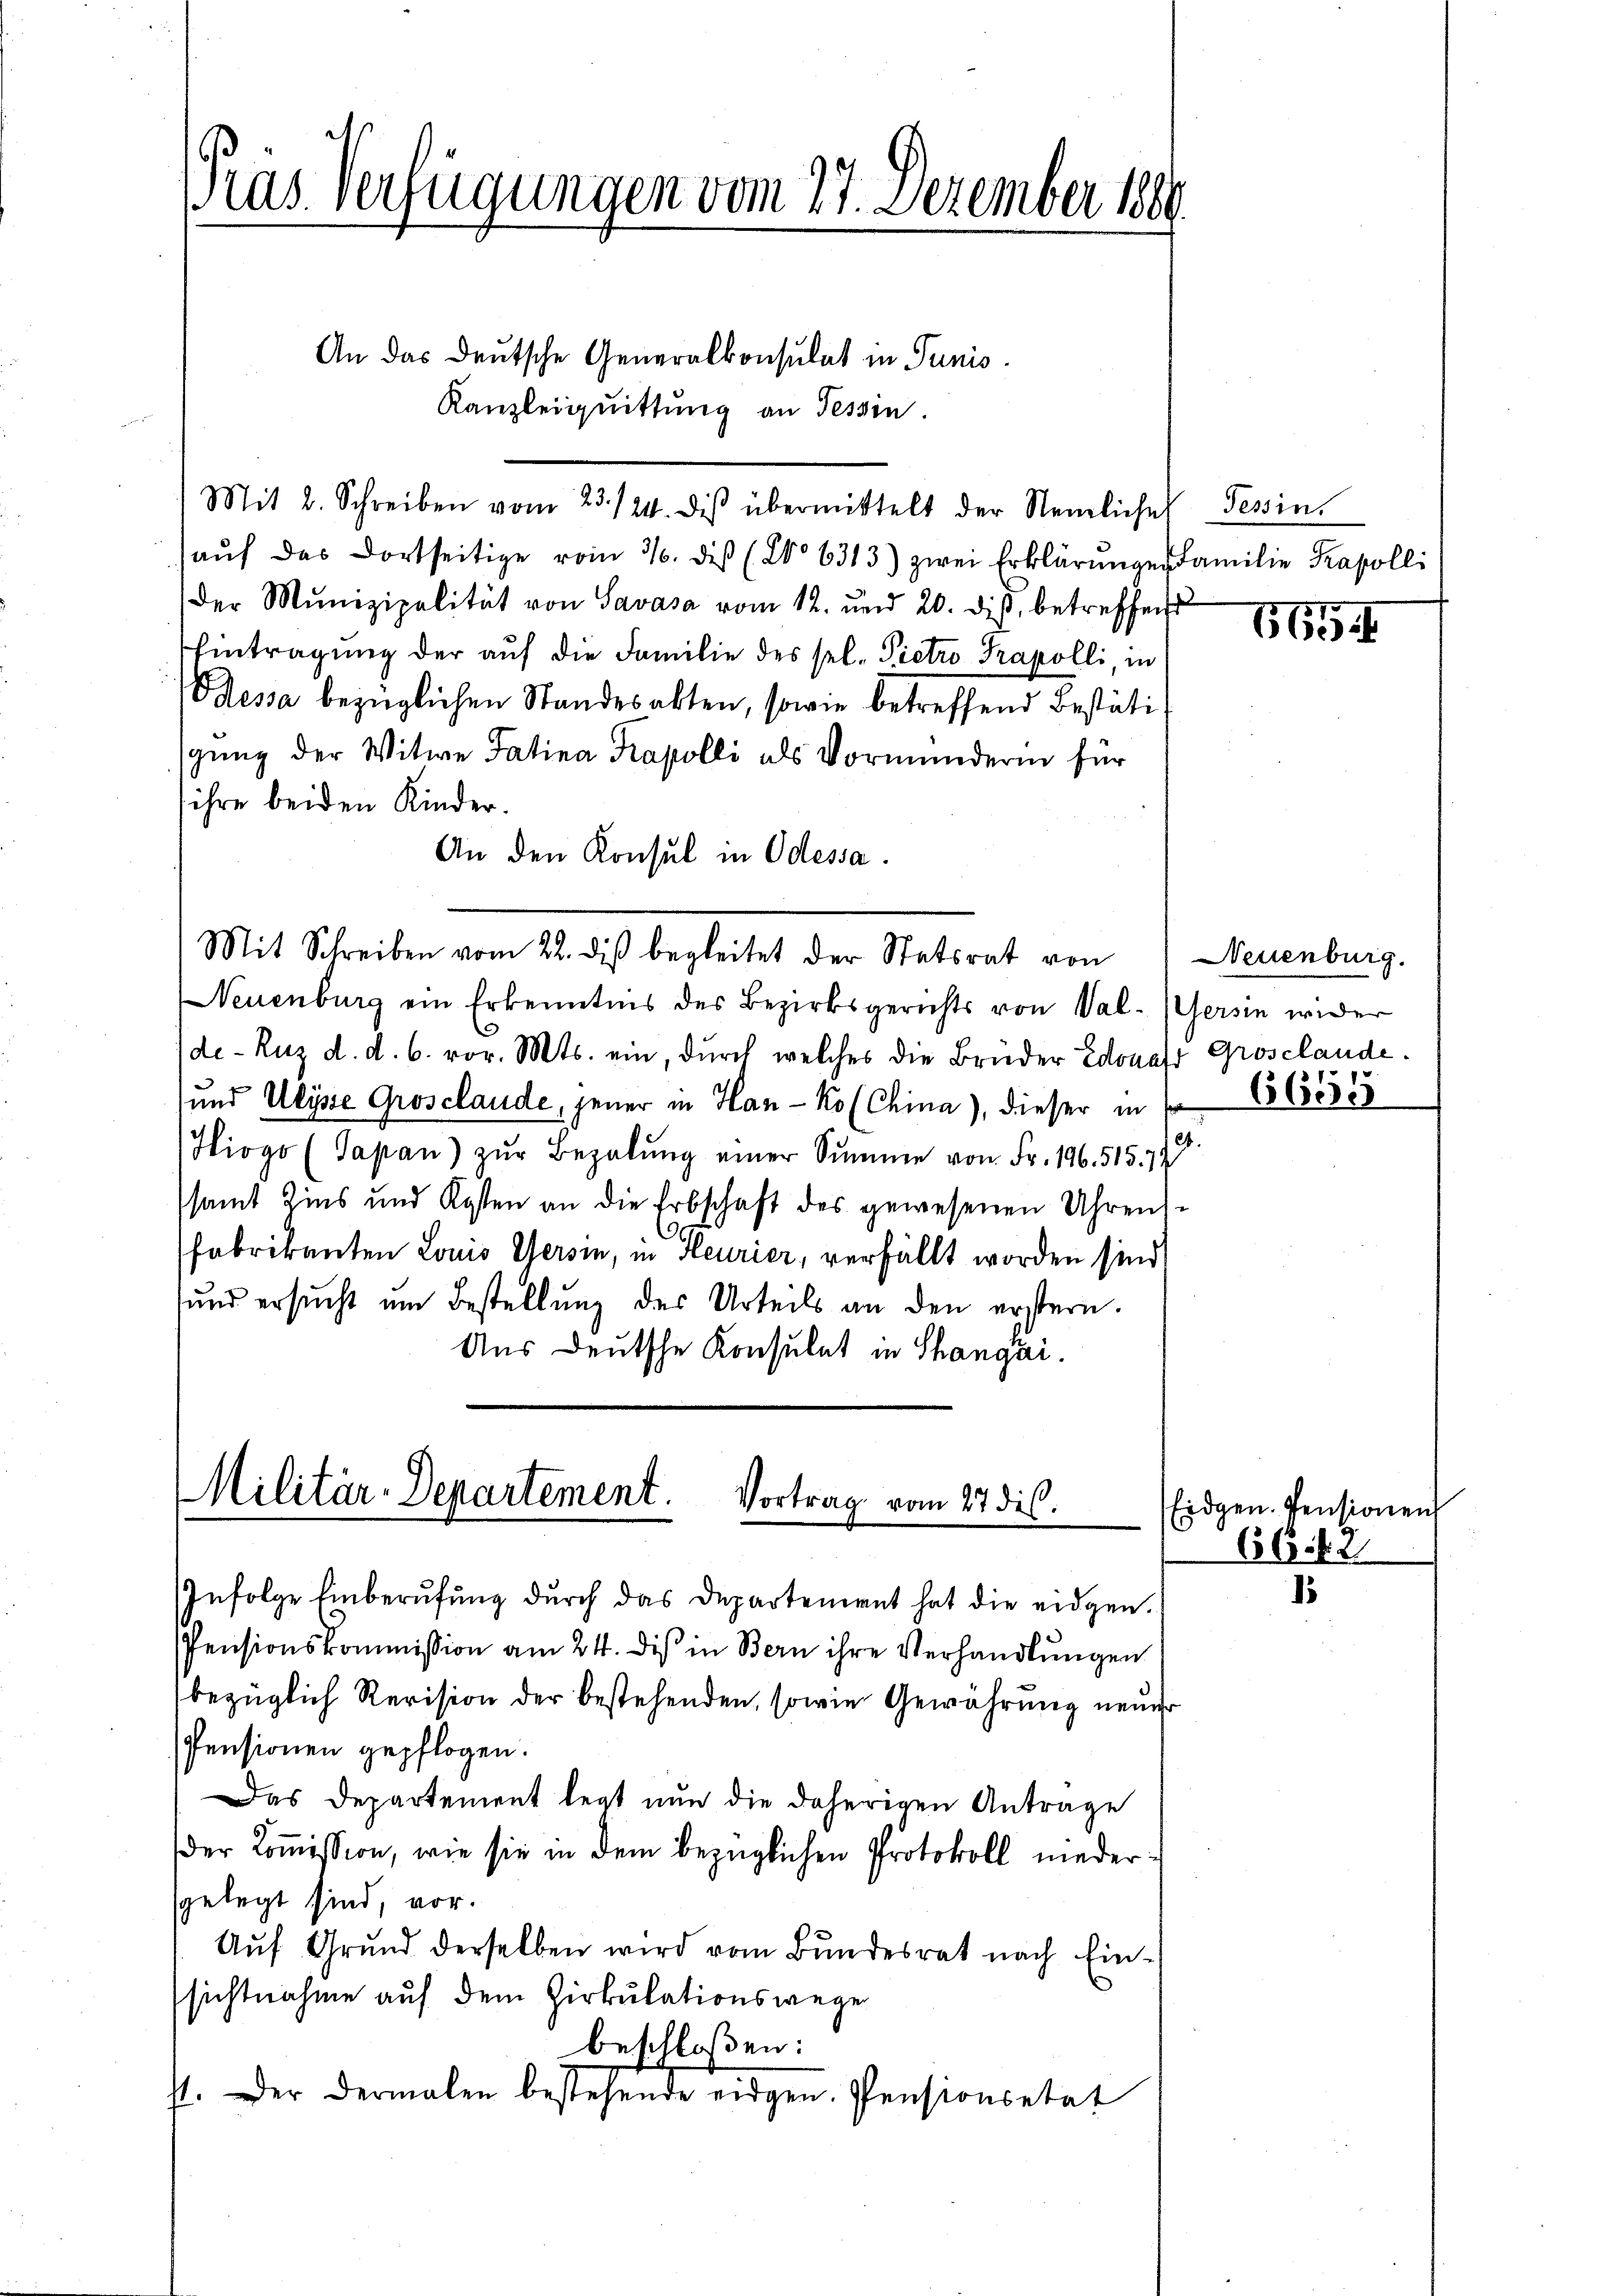
An das Deutsche Generalkonsulat in Junis
Kanzleiquittung an Tessin.
aŭf das dortseitige vom 3. diβ (2o 6313) zwei Erklärungen Familie Trapolli
der Munizipalität von Savasa vom 12. und 20. diβ, betreffend
Eintragung der aŭf die Familie des sel. Pietro Trapolli, in
Dessa bezüglichen Standesabten, sowie betreffend Bestäti
sgŭng der Witwe Tatina Kapelli als Vormunderin für
ihre beiden Kinder.
An den Konsul in Odessa.
Mit Schreiben vom 22. diβ begleitet der Statsrat von Neuenburg.
Neuenburg ein Erkenntnis des Bezirksgerichts von Val-Versin wider
de-Ruz d. d. 6. vor. Mts. ein, durch welches die Bruder Edonats Grosclande.
und Ulysse Grosclaude, jener in Han-Ko (China), dieser in
Hiogo (Sapan) zŭr Bezahlŭng einer Summe von Fr. 196. 515. 72
samt Zins und Kosten an die Erbschaft des gewesenen Uhren-
fabrikanten Louis Gersin, in Heurier, verfällt worden sind,
und ersŭcht um Bestellŭng des Urteils an den erstern.
Aus deutsche Konsulat in Shangai.

Pras Verfügungen vom 27. Dezember 1889

Mit 2. Schreiben vom 23./24. dis übermittelt der Nemliche

Militär-Departement.
Vortrag vom 27 des

Infolge Einberŭfŭng dŭrch das Departement hat die eidgen.
Pensionskommission am 24. dis in Bern ihre Verhandlungen
bezüglich Revision der bestehenden, sowie Gewährung neuer
Pensionen gepflogen.
Das Departement legt nun die daherigen Antrage
der Koṁission, wie sie in dem bezüglichen Protokoll nieder-
gelegt sind, vor.
Aŭf Grŭnd derselben wird vom Bundesrat nach Ein-
sichtnahme auf dem Zirkulationswege
beschloßen:
st. Der dermalen bestehende eidgen. Pensionsetat

Tessin

665

6655

66. 12

Eidgen. Pensionen